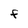
Character: F